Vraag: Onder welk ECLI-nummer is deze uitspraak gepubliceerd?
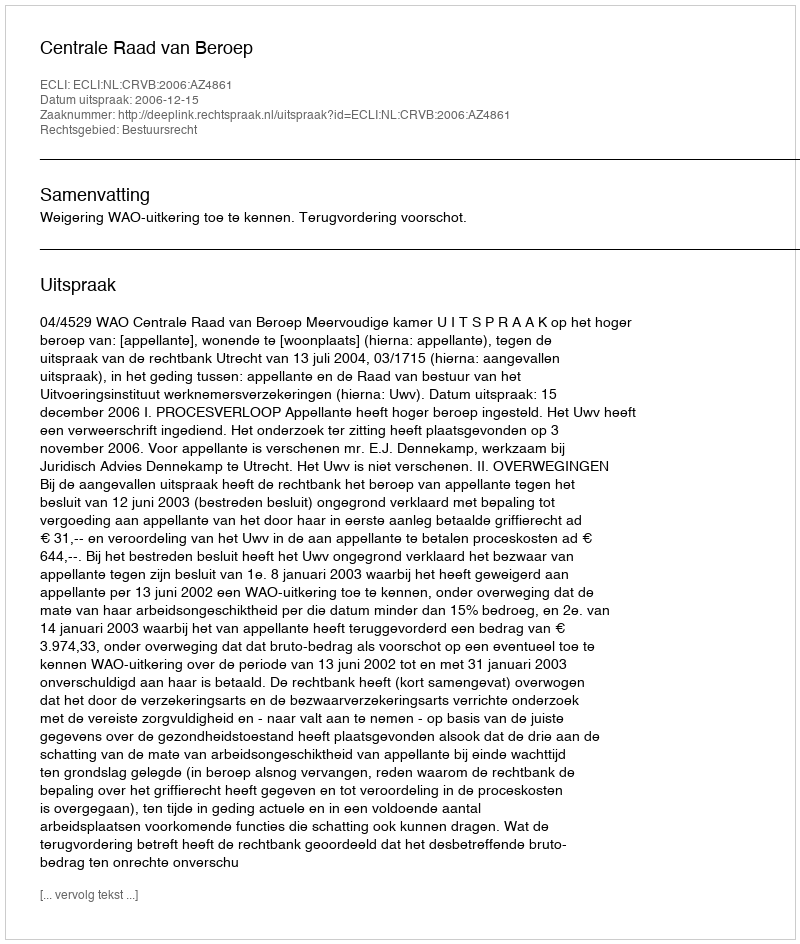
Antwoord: ECLI:NL:CRVB:2006:AZ4861